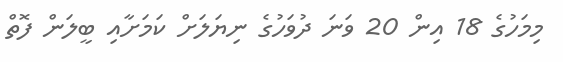
މިމަހުގެ 18 އިން 20 ވަނަ ދުވަހުގެ ނިޔަލަށް ކަމަށާއި ބީލަން ފޮތް